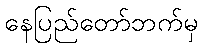
နေပြည်တော်ဘက်မှ